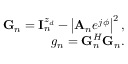
\begin{array} { r } { { \bf G } _ { n } = { \bf { I } } _ { n } ^ { z _ { d } } - \left| { { \bf A } _ { n } } e ^ { j \phi } \right| ^ { 2 } , } \\ { g _ { n } = { \bf G } _ { n } ^ { H } { \bf G } _ { n } . } \end{array}